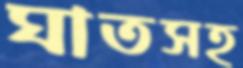
ঘাতসহ